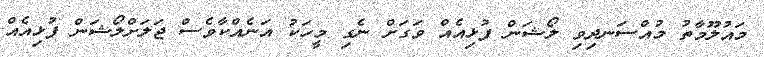
މައުލޫމާތު މުއްސަނދިވި ލޯޝަން ފުޅިއެއް ވަގަށް ނެގި މީހަކު އަނެއްކާވެސް ޖަލަށްލޯޝަން ފުޅިއެއް